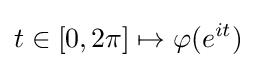
t\in [0,2\pi ]\mapsto \varphi (e^{it})